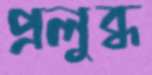
প্রলুব্ধ